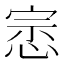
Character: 𭝛